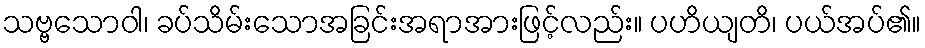
သဗ္ဗသောဝါ၊ ခပ်သိမ်းသောအခြင်းအရာအားဖြင့်လည်း။ ပဟိယျတိ၊ ပယ်အပ်၏။